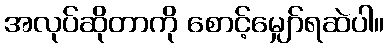
အလုပ်ဆိုတာကို စောင့်မျှော်ရဆဲပါ။